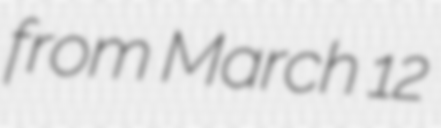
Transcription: from March 12